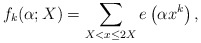
\begin{align*}f_k(\alpha; X)=\sum_{X < x \le 2X}e\left( \alpha x^k \right),\end{align*}